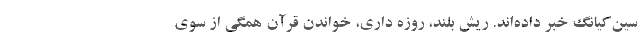
سین‌کیانگ خبر داده‌اند. ریش بلند، روزه داری، خواندن قرآن همگی از سوی